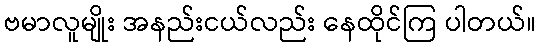
ဗမာလူမျိုး အနည်းငယ်လည်း နေထိုင်ကြ ပါတယ်။